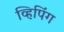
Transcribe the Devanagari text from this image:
व्हिपिंग